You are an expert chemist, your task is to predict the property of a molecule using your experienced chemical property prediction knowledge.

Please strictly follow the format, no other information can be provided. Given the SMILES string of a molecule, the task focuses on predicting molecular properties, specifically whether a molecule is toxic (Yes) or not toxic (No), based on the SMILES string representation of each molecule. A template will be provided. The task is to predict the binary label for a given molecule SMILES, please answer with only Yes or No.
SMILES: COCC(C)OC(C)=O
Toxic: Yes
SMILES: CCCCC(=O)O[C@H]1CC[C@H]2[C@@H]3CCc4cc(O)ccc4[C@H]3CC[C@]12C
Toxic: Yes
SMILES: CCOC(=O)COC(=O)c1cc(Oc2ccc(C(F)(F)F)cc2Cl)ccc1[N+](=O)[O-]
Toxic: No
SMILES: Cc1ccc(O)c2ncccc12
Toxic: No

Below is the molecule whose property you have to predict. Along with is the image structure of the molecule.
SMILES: CCCCCCCCCCCCCC(=O)OCC(O)CO
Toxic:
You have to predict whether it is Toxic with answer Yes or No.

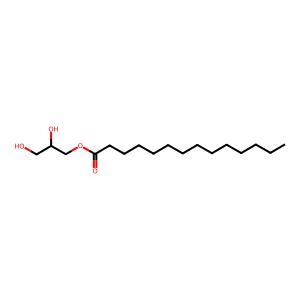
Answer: No